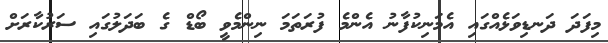
މިފަދަ ދަނޑިވަޅެއްގައި އެމަނިކުފާނު އެންމެ ފުރަތަމަ ނިންމެވީ ބޯޑް ގެ ބަދަލުގައި ސަރުކާރަށް